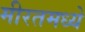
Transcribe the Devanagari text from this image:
मीरतमध्ये